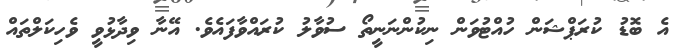
އެ ބޮޑު ކުރަޕްޝަން ހުއްޓުވަން ނިކުންނަނީތޯ ސުވާލު ކުރައްވާފައެވެ. އޭނާ ވިދާޅުވީ ވެހިކަލްތައް